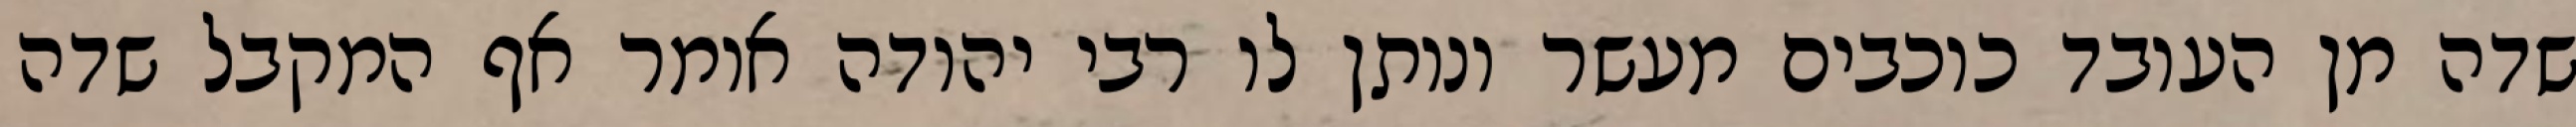
שדה מן העובד כוכבים מעשר ונותן לו רבי יהודה אומר אף המקבל שדה